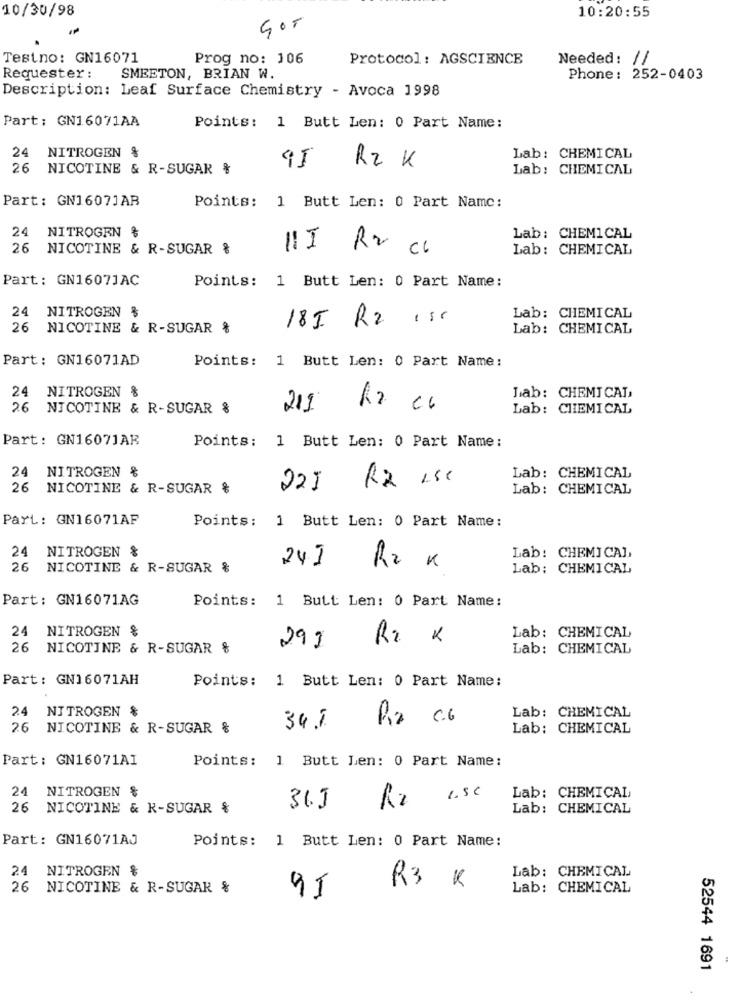
10/30/98
10:20:55
GOT
Testno: GN16071
Prog no: 106
Protocol: AGSCIENCE
Needed: //
Requester :
SMEETON, BRIAN W.
Phone: 252-0403
Description: Leaf Surface Chemistry - Avoca 1998
Part: GN16071AA
Points: 1 Butt Len: 0 Part Name:
24
NITROGEN
95
RZ K
Lab: CHEMICAL
26 NICOTINE & R-SUGAR %
Lab: CHEMICAL
Part: GN1607JAB
Points: 1 Butt Len: 0 Part Name:
24 NITROGEN %
Lab: CHEMICAL
26
NICOTINE & R-SUGAR %
III Rx
=
CL
Lab: CHEMICAL
Part: GN1607JAC
Points: 1 Butt Len: 0 Part Name:
24 NITROGEN
185 R2 1:5
Lab: CHEMICAL
26 NICOTINE & R-SUGAR %
Lab: CHEMICAL
Part: GN16071AD
Points: 1 Butt Len: 0 Part Name:
24
NITROGEN %
Lab: CHEMICAL,
26 NICOTINE & R-SUGAR %
211
Ra c6
Lab: CHEMICAL
Part: GN16071AR
Points: 1 Butt Len: 0 Part Name:
24 NITROGEN %
R2 1.81
Lab: CHEMICAL
26 NICOTINE & R-SUGAR %
225
Lab: CHEMICAL
ParL: GN16071AF
Points: 1 Butt Len: 0 Part Name:
24 NITROGEN &
24.1
Lab: CHEMICAL
26
NICOTINE & R-SUGAR &
R2 4
Lab: CHEMICAL
Part: GN16071AG
Points: 1 Butt Len: 0 Part Name:
24 NITROGEN &
R2 K
Lab: CHEMICAL
26 NICOTINE & R-SUGAR %
291
Lab: CHEMICAL
Part: GN16071AH
Points: 1 Butt Len: 0 Part Name:
24 NITROGEN &
Ra c.6
Lab: CHEMICAL
26 NICOTINE & R-SUGAR &
34.5
Lab: CHEMICAL
Part: GN16071AI
Points: 1 Butt Len: 0 Part Name:
24
NITROGEN $
Lab: CHEMICAL
1.5C
26 NICOTINE & K-SUGAR &
31.J
Lab: CHEMICAL
Part: GN16071AJ
Points: 1 Butt Len: 0 Part Name:
24 NITROGEN &
R3 K
Lab: CHEMICAL
26 NICOTINE & R-SUGAR %
Lab: CHEMICAL
95
52544 1691
.